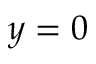
y = 0